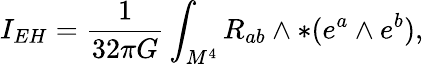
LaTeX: I_{EH}=\frac{1}{32\pi G}\int_{M^{4}}R_{ab}\wedge\ast(e^{a}\wedge e^{b}),